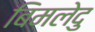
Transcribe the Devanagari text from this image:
बिमलेदु